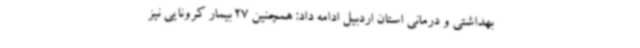
بهداشتی و درمانی استان اردبیل ادامه داد: همچنین 27 بیمار کرونایی نیز